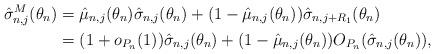
LaTeX: \begin{align*}\hat\sigma^M_{n,j}(\theta_n)&=\hat \mu_{n,j}(\theta_n)\hat\sigma_{n,j}(\theta_n)+(1-\hat \mu_{n,j}(\theta_n))\hat\sigma_{n,j+R_1}(\theta_n)\\&=(1+o_{ P_n}(1))\hat\sigma_{n,j}(\theta_n)+(1-\hat \mu_{n,j}(\theta_n))O_{P_n}(\hat\sigma_{n,j}(\theta_n)),\end{align*}